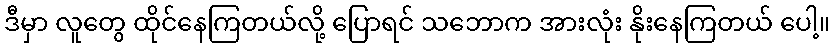
ဒီမှာ လူတွေ ထိုင်နေကြတယ်လို့ ပြောရင် သဘောက အားလုံး နိုးနေကြတယ် ပေါ့။